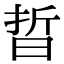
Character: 晢